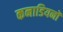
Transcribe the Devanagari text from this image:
कनाडियनों